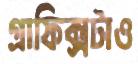
গ্রাফিক্সটাও